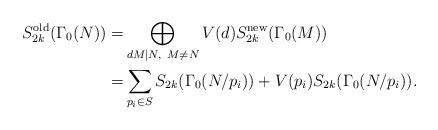
LaTeX: \begin{align*}S^\mathrm{old}_{2k}(\Gamma_0(N)) = & \bigoplus_{dM \mid N,\ M \ne N} V(d)S^\mathrm{new}_{2k}(\Gamma_0(M)) \\= & \sum_{p_i \in S} S_{2k}(\Gamma_0(N/p_i)) + V(p_i)S_{2k}(\Gamma_0(N/p_i)). \end{align*}